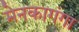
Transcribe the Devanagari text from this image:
मेनकागंगा